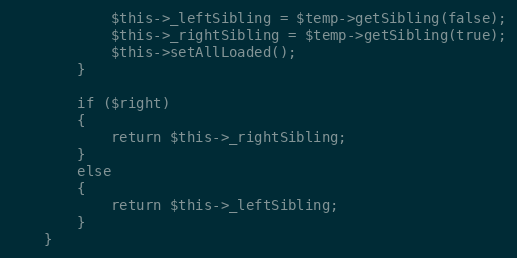
Language: PHP
			$this->_leftSibling = $temp->getSibling(false);
			$this->_rightSibling = $temp->getSibling(true);
			$this->setAllLoaded();
		}

		if ($right)
		{
			return $this->_rightSibling;
		}
		else
		{
			return $this->_leftSibling;
		}
	}